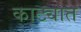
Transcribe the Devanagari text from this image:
काट्यात